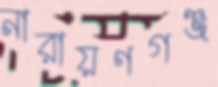
নারায়ণগঞ্জ